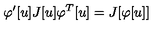
\varphi ^ { \prime } [ u ] J [ u ] \varphi ^ { T } [ u ] = J [ \varphi [ u ] ]